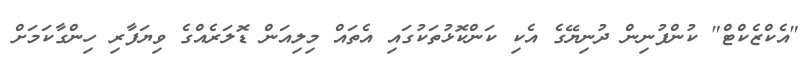
"އެކްޒެކްޓް" ކުންފުނިން ދުނިޔޭގެ އެކި ކަންކޮޅުތަކުގައި އެތައް މިލިއަން ޑޮލަރެއްގެ ވިޔަފާރި ހިންގާކަމަށް